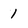
Character: 1